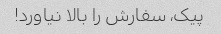
پیک، سفارش را بالا نیاورد!